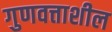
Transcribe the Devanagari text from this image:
गुणवत्ताशील